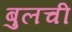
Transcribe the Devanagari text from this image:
बुलची